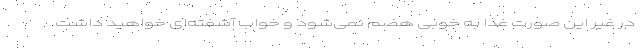
در غیر این صورت غذا به خوبی هضم نمی‌‌شود و خواب آشفته‌ای خواهید داشت.